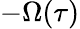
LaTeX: -\Omega(\tau)